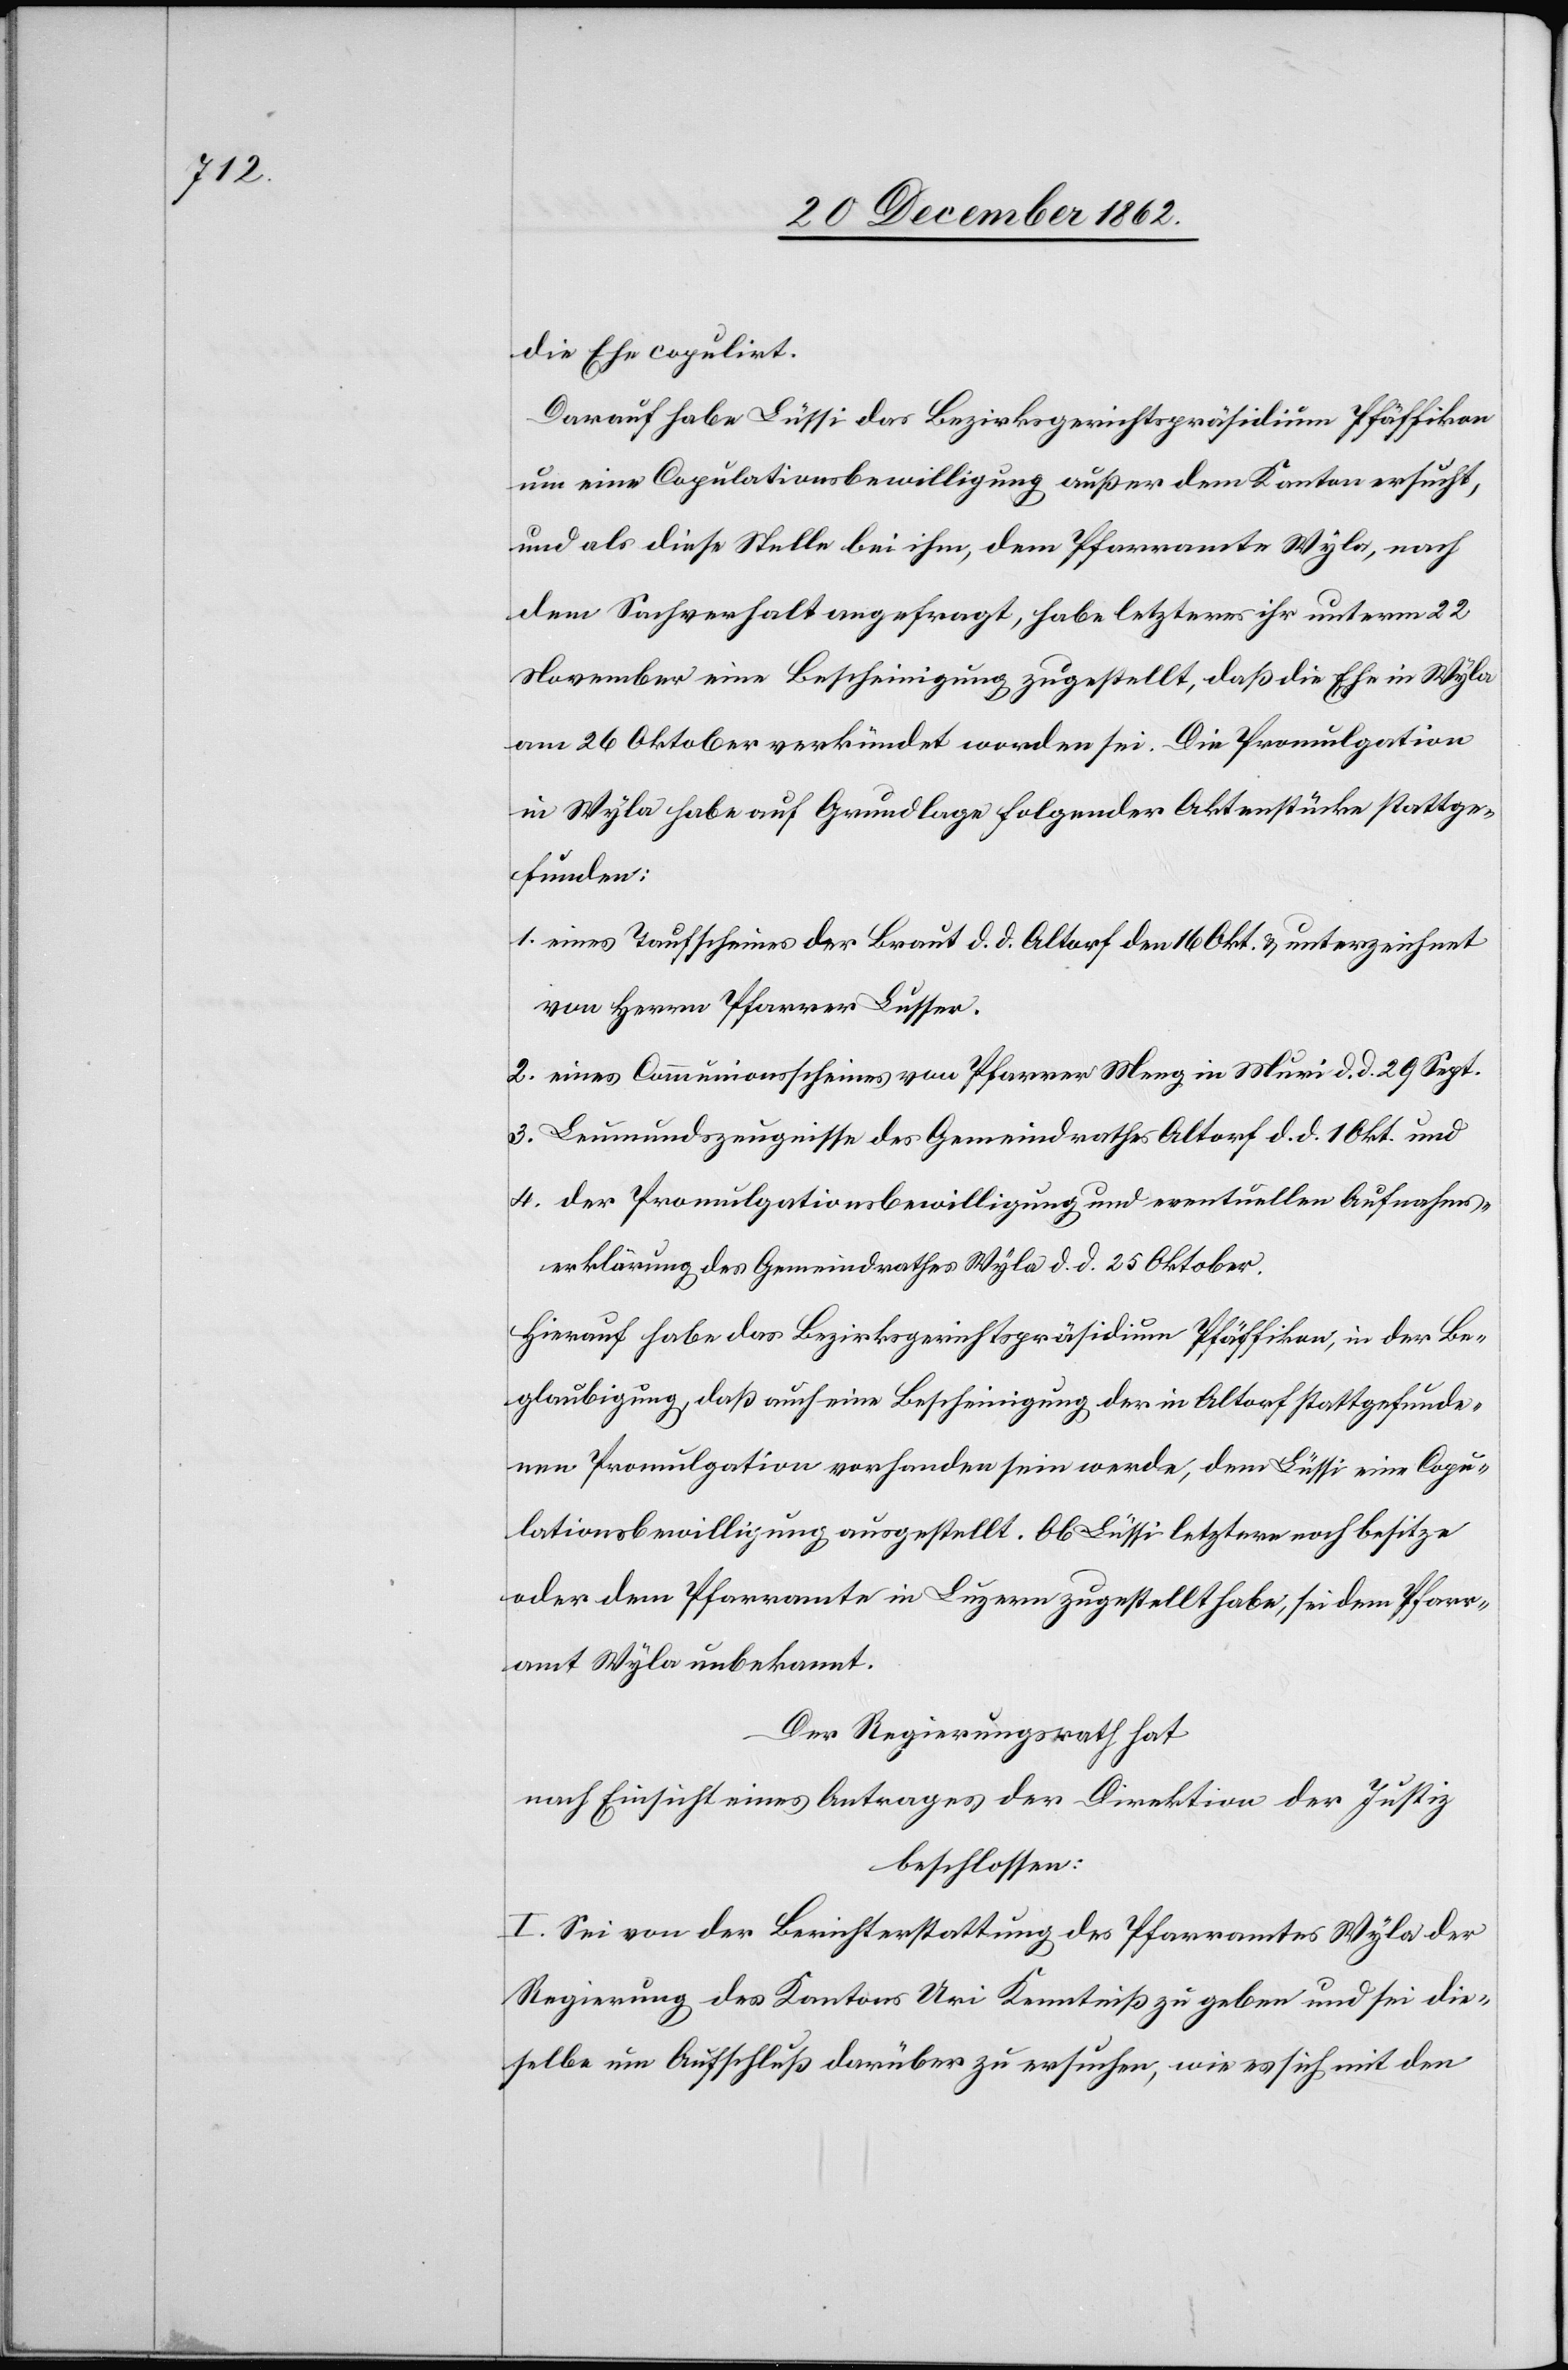
d. 10.

die Ehe copulirt.
Darauf habe Lüssi das Bezirksgerichtspräsidium Pfäffikon
um eine Copulationsbewiligung außer dem Kanton ersucht,
und als diese Stelle bei ihm, dem Pfarramte Wyla, nach
dem Sachverhalt angefragt, habe letzteres ihr unterm 22.
November eine Bescheinigung zugestellt, daß die Ehe in Wyla
am 26. Oktober verkündet worden sei. Die Promulgation
in Wyla habe auf Grundlage folgender Aktenstücke stattge¬
funden:
1. eines Taufscheines der Braut d. d. Altdorf den 16. Okt. u. unterzeichnet
von Herrn Pfarrer Lusser.
2. eines Communionsscheines von Pfarrer Meng in Muri d. d. 29. Sept.
3. Leumundszeugnisse des Gemeindrathes Altorf [sic!] d.
4. der Promulgationsbewilligung und eventuellen Aufnahms¬
erklärung des Gemeindrathes Wyla d. d. 25. Oktober.
Hierauf habe das Bezirksgerichtspräsidium Pfäffikon, in der Be¬
glaubigung, daß auch eine Bescheinigung der in Altorf stattgefunde¬
nen Promulgation vorhanden sein werde, dem Lüssi eine Copu¬
lationsbewilligung ausgestellt. Ob Lüssi letztere noch besitze
oder dem Pfarramte in Luzern zugestellt habe, sei dem Pfarr¬
amt Wyla unbekannt.
Der Regierungsrath hat
nach Einsicht eines Antrages der Direktion der Justiz
beschlossen:
I. Sei von der Berichterstattung des Pfarramtes Wyla der
Regierung des Kantons Uri Kenntniß zu geben und sei die¬
selbe um Aufschluß darüber zu ersuchen, wie es sich mit den